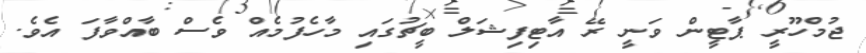
ޖުމްހޫރީ ޕާޓީން ވަނީ ރޭ އާޓިފިޝަލް ބީޗުގައި މާހެފުމެއް ވެސް ބާއްވާފަ އެވެ.